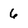
Character: 6